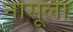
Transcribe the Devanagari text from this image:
नासूला